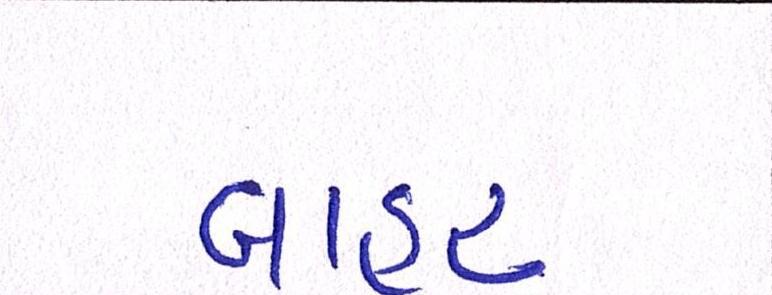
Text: બાહર